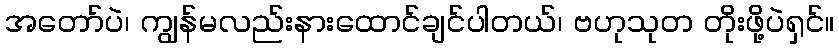
အတော်ပဲ၊ ကျွန်မလည်းနားထောင်ချင်ပါတယ်၊ ဗဟုသုတ တိုးဖို့ပဲရှင်။